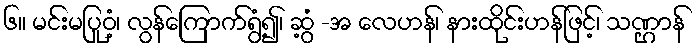
၆။ မင်းမပြုဝံ့၊ လွန်ကြောက်ရွံ့၍၊ ဆွံ့ -အ လေဟန်၊ နားထိုင်းဟန်ဖြင့်၊ သဏ္ဌာန်